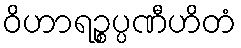
ဝိဟာရဉ္စပ္ပဏီဟိတံ